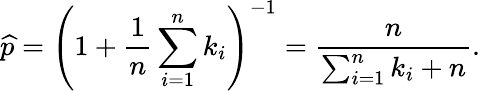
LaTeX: {\widehat{p}}=\left(1+{\frac{1}{n}}\sum_{i=1}^{n}k_{i}\right)^{-1}={\frac{n}{\sum_{i=1}^{n}k_{i}+n}}.